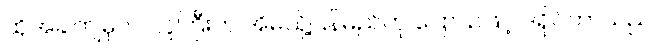
ထိုအခါကျမှပင် လူကြီးက အိမ်သို့ပြန်မည်ဟု ပြောသဖြင့် ဒရိုင်ဘာသည်